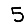
Digit: 5